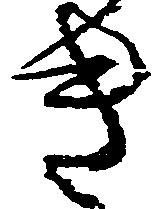
き